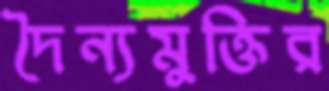
দৈন্যমুক্তির